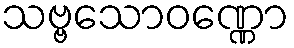
သဗ္ဗသောဝဏ္ဏော